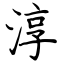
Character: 淳